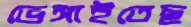
ভেঙ্গাইতেছ